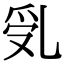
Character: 𠃶